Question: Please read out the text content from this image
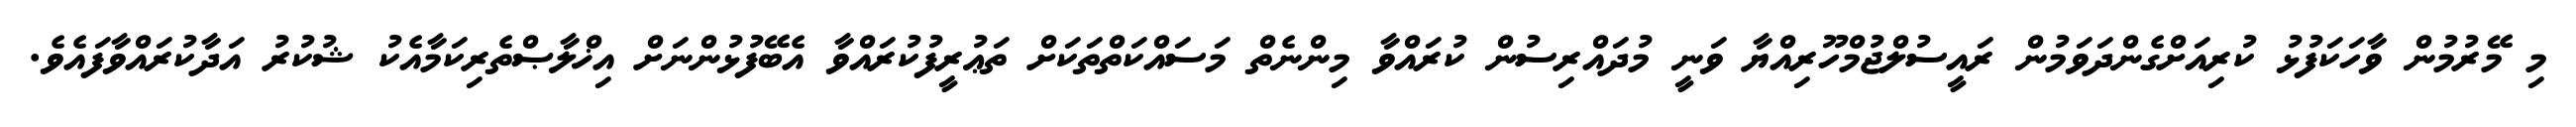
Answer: މި މޭރުމުން ވާހަކަފުޅު ކުރިއަށްގެންދަވަމުން ރައީސުލްޖުމްހޫރިއްޔާ ވަނީ މުދައްރިސުން ކުރައްވާ މިންނެތް މަސައްކަތްތަކަށް ތަޢުރީފުކުރައްވާ އެބޭފުޅުންނަށް އިޚްލާޞްތެރިކަމާއެކު ޝުކުރު އަދާކުރައްވާފައެވެ.